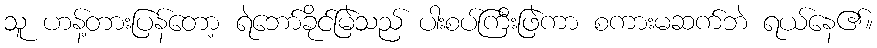
သူ ဟန့်တားပြန်တော့ ရဲဘော်ခိုင်မြဲသည် ပါးစပ်ကြီးဖြဲကာ စကားမဆက်ဘဲ ရယ်နေ၏။